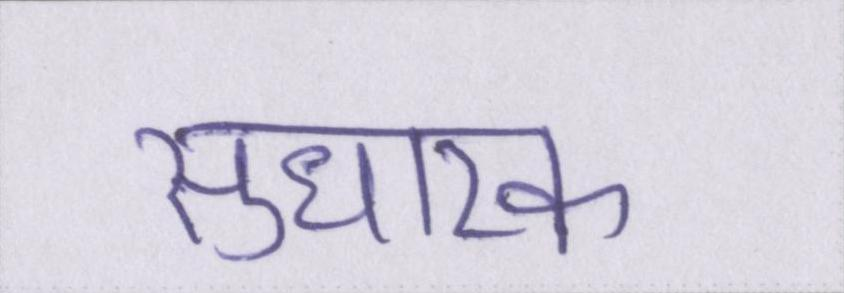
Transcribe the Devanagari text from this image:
सुधारक